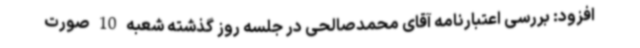
افزود: بررسی اعتبارنامه آقای محمدصالحی در جلسه روز گذشته شعبه 10 صورت